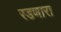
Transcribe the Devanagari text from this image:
रडणारा